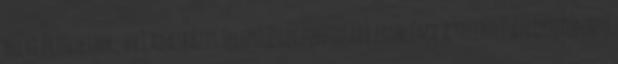
helyi érintettek, HVT adatbázis TelepülésLegfontosabb probléma a településen ▪Újrónafő